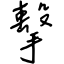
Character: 擊